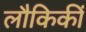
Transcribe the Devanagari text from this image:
लौकिकीं